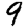
Digit: 9